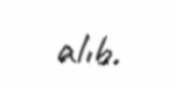
alıb.